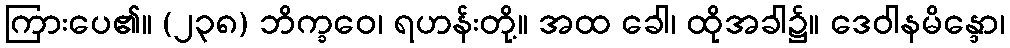
ကြားပေ၏။ (၂၃၈) ဘိက္ခဝေ၊ ရဟန်းတို့။ အထ ခေါ၊ ထိုအခါ၌။ ဒေဝါနမိန္ဒော၊